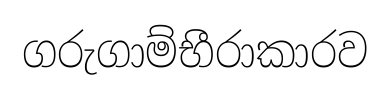
ගරුගාම්භීරාකාරව